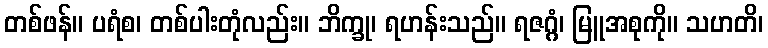
တစ်ဖန်။ ပရံစ၊ တစ်ပါးတုံလည်း။ ဘိက္ခု၊ ရဟန်းသည်။ ရဇဂ္ဂံ၊ မြူအစုကို။ သဟတိ၊